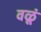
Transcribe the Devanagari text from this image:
वळूं